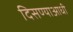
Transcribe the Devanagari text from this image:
दिसण्याआधी